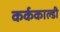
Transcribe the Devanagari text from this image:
कर्ककाल्डी